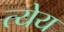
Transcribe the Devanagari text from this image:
त्येय